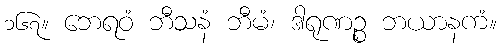
၁၆၇။ ဘေရဝံ ဘီသနံ ဘီမံ၊ ဒါရုဏဉ္စ ဘယာနကံ။